system: You are a helpful assistant.
user:
Analyze the provided spectrum to determine if it is a **Carbon Star (C-type)**.

- **Key Visual Indicators of Carbon Star:**
    - **(Primary):** Strong molecular absorption from **C₂ (diatomic carbon) "Swan Bands."** This is the **defining feature** of a carbon star.
        - **(Key Bandheads):** Sharp absorption edges are visible at approximately $5635$ Å, $5165$ Å (the strongest band), and $4737$ Å.
        - **(Line Profile):** Creates a distinct **"saw-tooth"** pattern. The key morphology is a sharp, steep bandhead on the **red (long-wavelength) side**, which then gradually tapers off (i.e., flux recovers) towards the **blue (short-wavelength) side**. *(This is the direct opposite of the TiO bands seen in M-type stars)*.

    - **(Secondary):** Intense **CN (cyanogen)** molecular absorption bands.
        - **(Key Bandheads):** Located in the blue and violet regions of the spectrum (e.g., near $4215$ Å and $3883$ Å).
        - **(Morphology):** These bands are extremely broad and act as a "blanket," absorbing the vast majority of blue and violet light. This creates a characteristic **"cliff"** or **"steep drop-off"** in the spectrum's flux at short wavelengths.

    - **(Key Confirmation):** Strong **CH absorption band (G-band)**.
        - **(Key Bandhead):** Located around $4300$ Å. The contribution from CH molecules to this band is exceptionally strong.

    - **(Overall Spectrum):**
        - The continuum is severely "chopped up" by these deep molecular bands, especially C₂, rather than appearing as a smooth curve.
        - Due to the heavy CN and C₂ absorption in the blue-green, the vast majority of the star's flux is concentrated in the red part of the spectrum, giving the star its characteristic deep red color.

Think first, call **spectral_visualization_tool** if needed to examine features in detail, then provide your final answer. Your response must adhere to the following strict rules:
1.  **Overall Structure:** Your response must follow the format `<think>...</think> <tool_call>...</tool_call> (if a tool is used) <answer>...</answer>`.
2.  **Tool Usage Constraint:** You may only make **one** tool call per turn.
3.  **Final Answer Format:** In the `<answer>` tag, your conclusion must be inside a `\boxed{}` command (e.g., `\boxed{YES}`), followed by your justification.

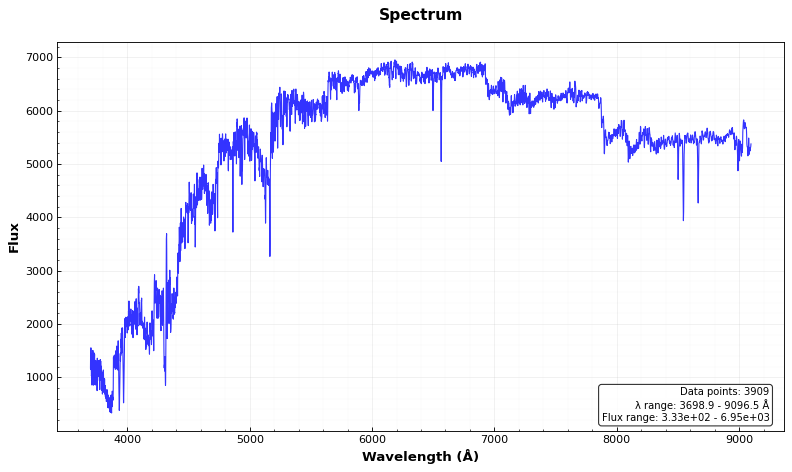
Answer: YES